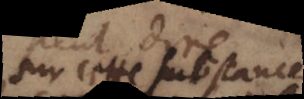
sur cette substance